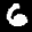
Label: 6